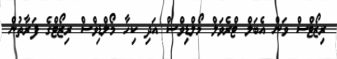
ރިޒޯޓްސް ވަން އެބަލް ޓްރެވަލް މޯލްޑިވްސް އަދި ކިހާ މޯލްޑިވްސް ރިޒޯޓްގެ ފަރާތުން